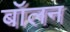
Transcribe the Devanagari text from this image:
बॉलन